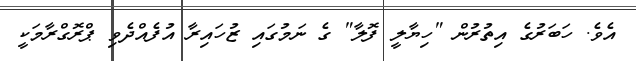
އެވެ. ހަބަރުގެ އިތުރުން "ހިޔާލީ ފޮލާ" ގެ ނަމުގައި ޒުހައިރާ އުފެއްދެވި ޕްރޮގްރާމަކީ